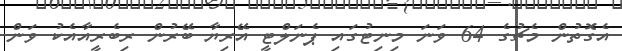
އެގޮތުން މެޗުގެ 64 ވަނަ މިނިޓުގައި ޕެނަލްޓީ އޭރިޔާ ބޭރުން ރިބެރީއާއެކު ވަން